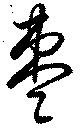
棗